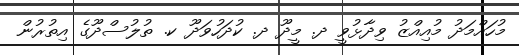
މުހައްމަދު މުއިއްޒު ވިދާޅުވީ ދ. މީދޫ ދ. ކުދަހުވަދޫ ކ. ތުލުސްދޫގެ އިތުރުން